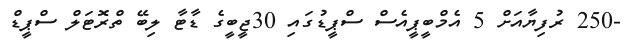
-250 ރުފިޔާއަށް 5 އެމްބީޕީއެސް ސްޕީޑުގައި 30ޖީބީގެ ޑާޓާ ލިބޭ ތްރޮޓަލް ސްޕީޑް